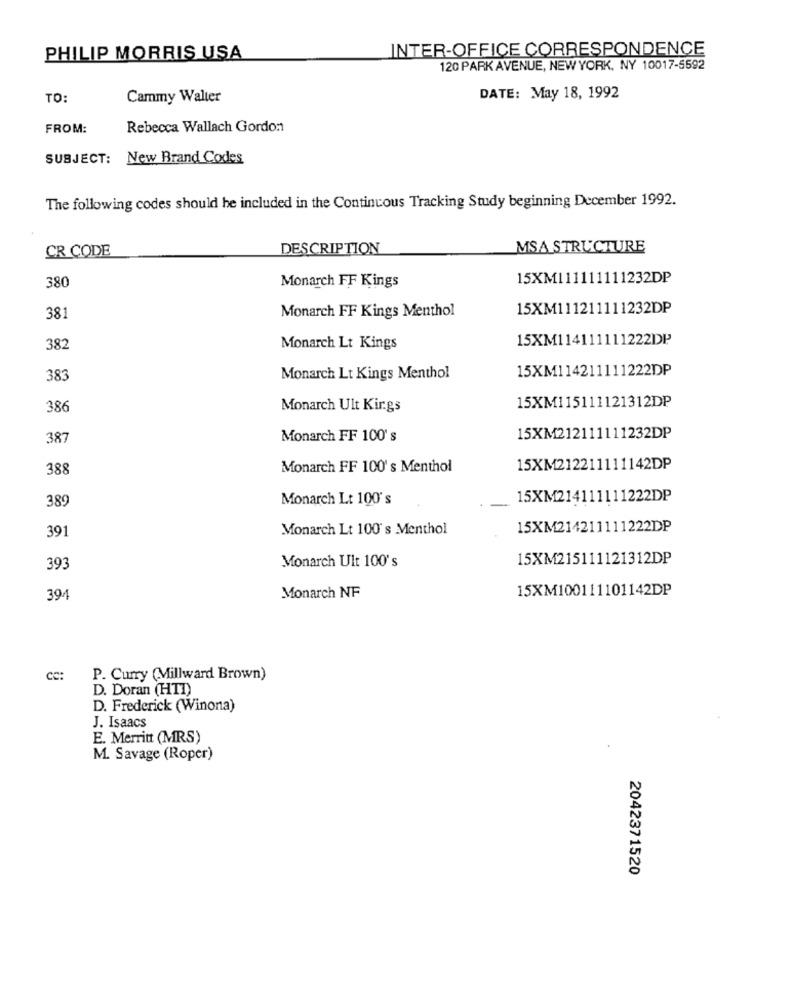
INTER-OFFICE CORRESPONDENCE
PHILIP MORRIS USA
120 PARK AVENUE, NEW YORK, NY 10017-5592
TO:
Cammy Walter
DATE: May 18, 1992
FROM:
Rebecca Wallach Gordon
SUBJECT: New Brand Codes
The following codes should be included in the Continuous Tracking Study beginning December 1992.
CR CODE
DESCRIPTION
MSA STRUCTURE
Monarch FF Kings
15XM111111111232DP
380
Monarch FF Kings Menthol
15XM111211111232DP
381
15XM114111111222DP
382
Monarch Lt Kings
15XM114211111222DP
383
Monarch Lt Kings Menthol
15XM115111121312DP
386
Monarch Ult Kir.gs
387
Monarch FF 100's
15XM212111111232DP
388
Monarch FF 100's Menthol
15XM212211111142DP
389
Monarch Lt 100's
15XM214111111222DP
391
Monarch Lt 100's Menthol
15XM214211111222DP
Monarch Ult 100's
15XM215111121312DP
39
15XM100111101142DP
394
Monarch NF
CC:
P. Curry (Millward Brown)
D. Doran (HTI)
D. Frederick (Winona)
J. Isaacs
E. Merritt (MRS)
M. Savage (Roper)
2042371520